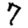
Digit: 7